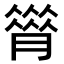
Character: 𦠗